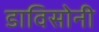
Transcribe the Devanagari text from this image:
डाविसोनी